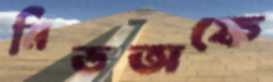
মিডঅফে